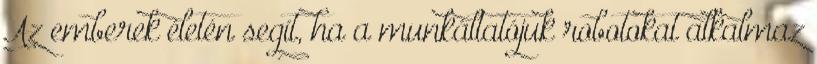
Az emberek életén segít, ha a munkáltatójuk robotokat alkalmaz